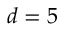
d = 5